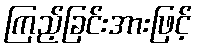
ကြည့်ခြင်းအားဖြင့်